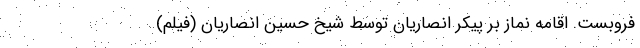
فروبست. اقامه نماز بر پیکر انصاریان توسط شیخ حسین انصاریان (فیلم)